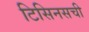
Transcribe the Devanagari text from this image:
टिसिनसची